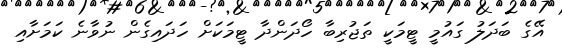
އޭގެ ބަދަލު ގައުމީ ޓީމަކީ ތަޖުރިބާ ހޯދަންދާ ޓީމަކަށް ހަދައިގެން ނުވާނެ ކަމަށާއި